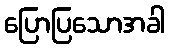
ပြောပြသောအခါ